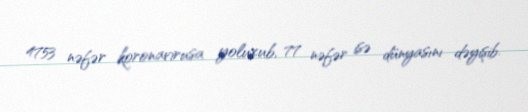
4753 nəfər koronavirusa yoluxub, 77 nəfər isə dünyasını dəyişib.